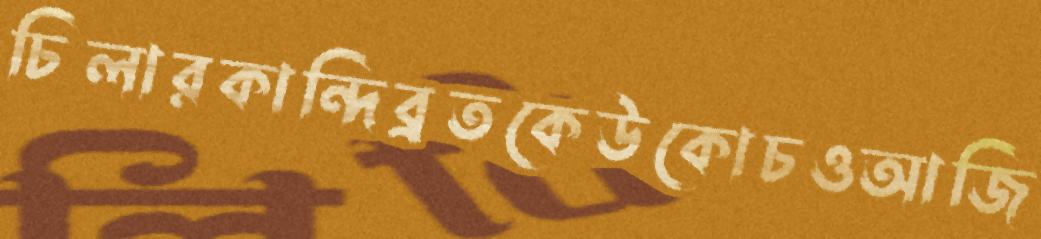
চিলারকান্দিব্রতকেউকোচওআজি